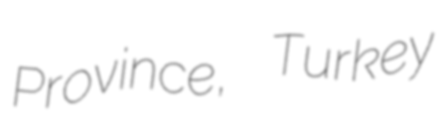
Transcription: Province, Turkey